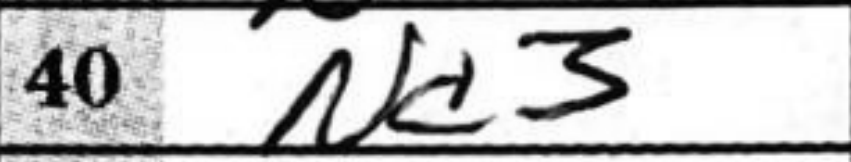
Transcription: Nc3